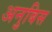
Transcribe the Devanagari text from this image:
अनुबिस